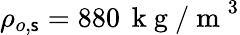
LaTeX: \rho_{o,\mathsf{s}}=880\, \mathrm{{~k~g~/~m~}}^{3}